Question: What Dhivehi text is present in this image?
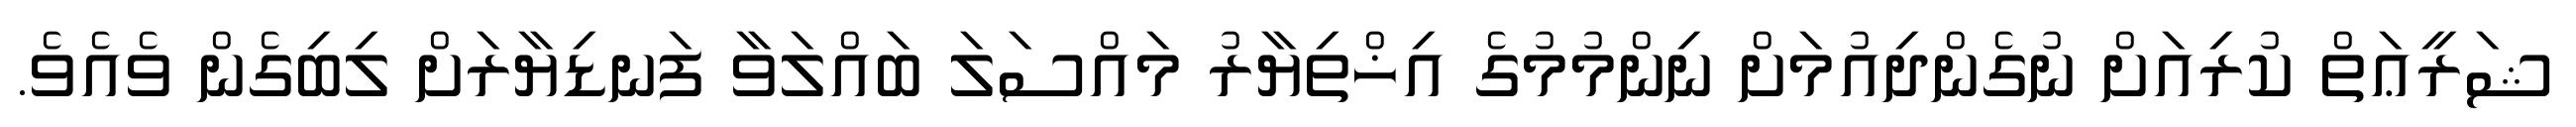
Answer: ޝަރީޢަތް ކުރިއަށް ނުގެންދިއުމަށް ނިންމުމުގެ އިޚްތިޔާރު މައްސަލަ ބައްލަވާ ފަނޑިޔާރަށް ލިބިގެން ވެއެވެ.